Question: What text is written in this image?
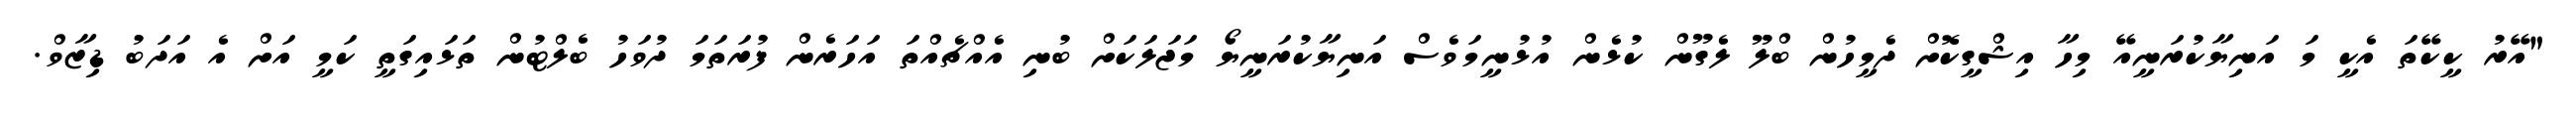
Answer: "އޭރު ކީކޭތަ އެކީ މަ އަނިޔާކުރަނީއޭ މިހާ އިޝްގީކޮށް ދެމީހުން ބްލޫ ލެގޫން ކުޅެން އުޅުނީމަވެސް އަނިޔާކުރަނީޔޯ މަޖަލަކަށް ބުނި އެއްޗެއްތަ އަހަރެން ފުރަތަމަ ދުވަހު ބެލްޓުން ތަޅައިގަތީ ކަމީ އަށް އެ އަދަބު ޑިޒާވް.